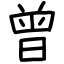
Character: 曾